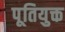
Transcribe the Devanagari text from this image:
पूतियुक्त